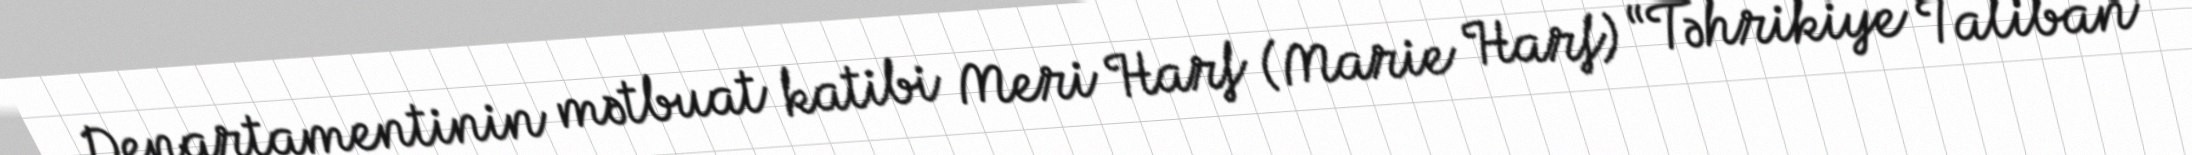
Departamentinin mətbuat katibi Meri Harf (Marie Harf) “Təhrikiye Taliban